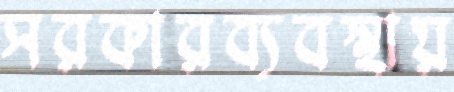
সরকারব্যবস্থায়